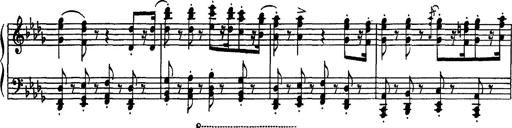
Title: Fantaisie sur des motifs favoris de l'opÃ©ra 'La sonnambula'
Composer: Franz Liszt